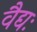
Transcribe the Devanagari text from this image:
वैद्यः